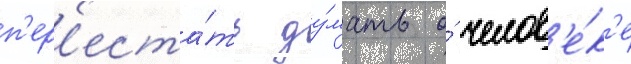
п'ер'еста́ть ду́мать о́ челов'е́к'е